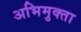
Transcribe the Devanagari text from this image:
अभिमुक्‍ता